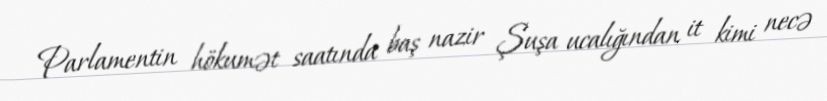
Parlamentin hökumət saatında baş nazir Şuşa ucalığından it kimi necə